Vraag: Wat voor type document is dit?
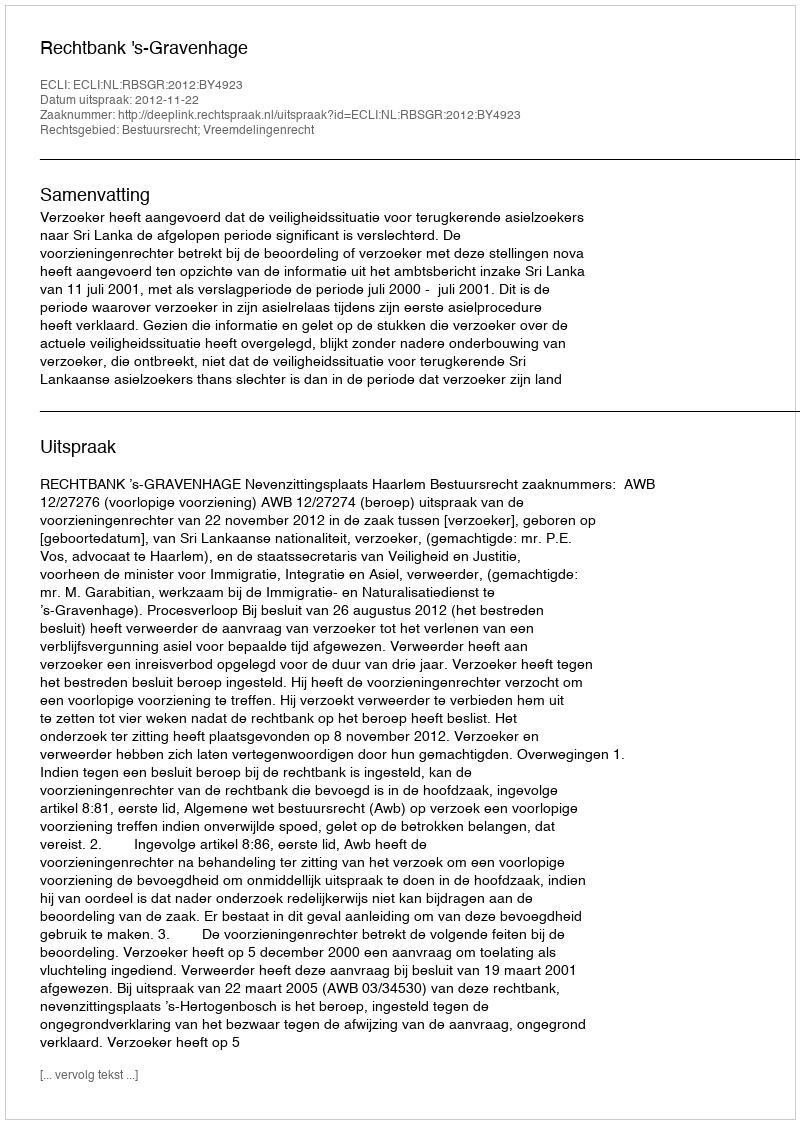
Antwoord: Uitspraak